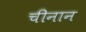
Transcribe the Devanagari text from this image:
चीनान